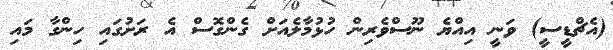
(އެޗްޑީސީ) ވަނީ އިއްޔެ ނޫސްވެރިން ހުޅުމާލެއަށް ގެންގޮސް އެ ރަށުގައި ހިންގާ މައި